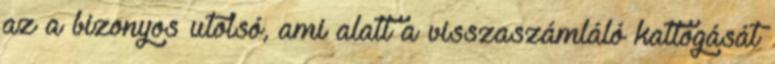
az a bizonyos utolsó, ami alatt a visszaszámláló kattogását